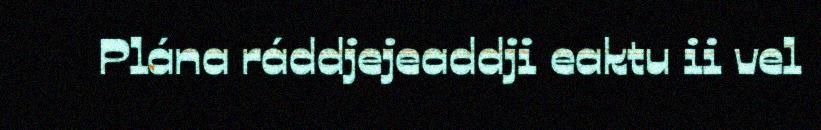
Plána ráddjejeaddji eaktu ii vel